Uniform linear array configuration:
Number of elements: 24
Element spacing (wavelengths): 0.75
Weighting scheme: cosine
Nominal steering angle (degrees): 0
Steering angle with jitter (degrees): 1.623
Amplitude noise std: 0.05
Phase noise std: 0.05

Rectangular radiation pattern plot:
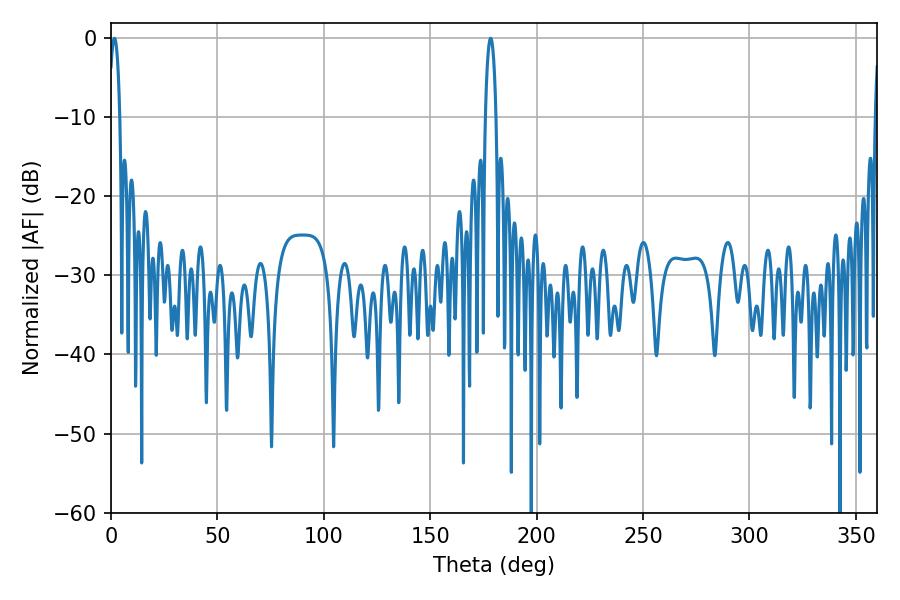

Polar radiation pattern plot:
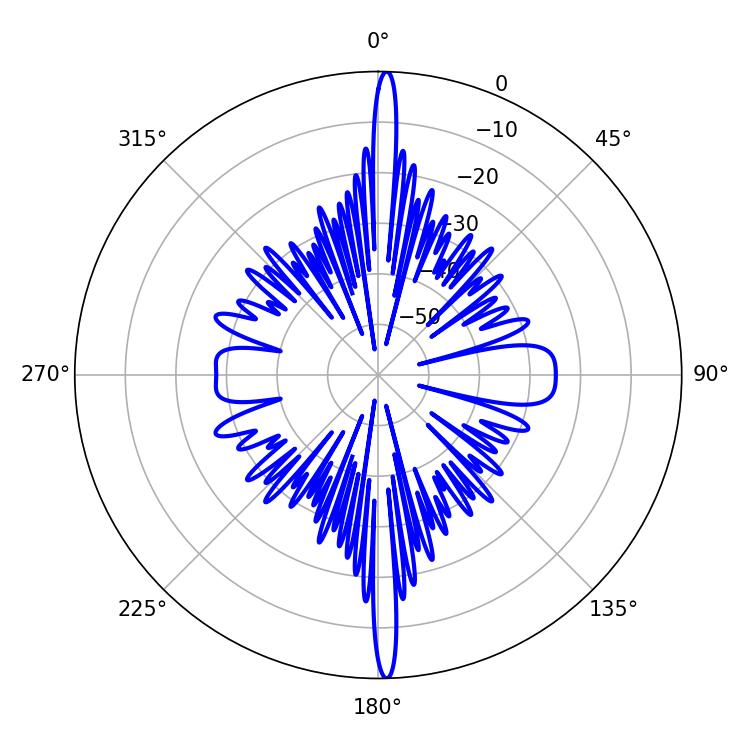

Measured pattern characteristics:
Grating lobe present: TRUE
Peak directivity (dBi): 27.726
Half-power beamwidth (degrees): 2.88
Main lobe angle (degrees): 1.62